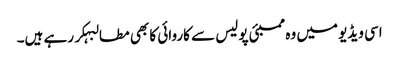
اسی ویڈیو میں وہ ممبئی پولیس سے کاروائی کا بھی مطالبہکر رہے ہیں۔